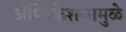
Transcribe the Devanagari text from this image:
अॅप्लिकेशन्समुळे